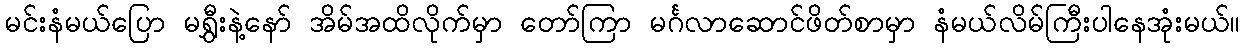
မင်းနံမယ်ပြော မရွှီးနဲ့နော် အိမ်အထိလိုက်မှာ တော်ကြာ မင်္ဂလာဆောင်ဖိတ်စာမှာ နံမယ်လိမ်ကြီးပါနေအုံးမယ်။